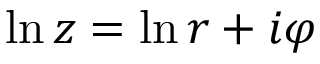
\ln z = \ln r + i \varphi